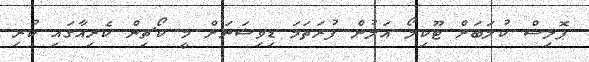
ޕޮލިސް ކުލަބަށް ޓޫކިލޯ އަލުން ފުރަތަމަ ޑިވިޝަނަށް މީ ކޯޗިން ކެރިއާގައި ކުރި